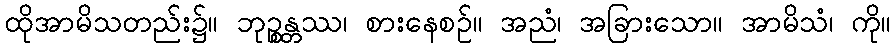
ထိုအာမိသတည်း၌။ ဘုဉ္စန္တဿ၊ စားနေစဉ်။ အညံ၊ အခြားသော။ အာမိသံ၊ ကို။